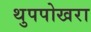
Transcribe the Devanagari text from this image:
थुपपोखरा